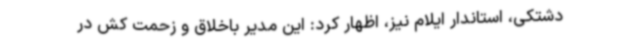
دشتکی، استاندار ایلام نیز، اظهار کرد: این مدیر باخلاق و زحمت کش در